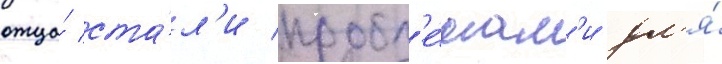
отца́ ста́л'и пробл'е́мам'и дл'я́